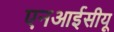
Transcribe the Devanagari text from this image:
एनआईसीयू